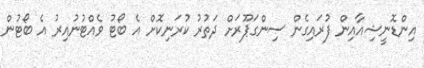
އިންޑޮނީޝިއާއިން ފުރައިގެން ސިންގަޕޫރަށް ދަތުރު ކުރަނިކޮށް އެ ބޯޓު ވެއްޓުނުއިރު އެ ބޯޓުން